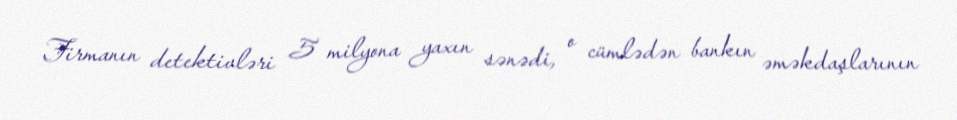
Firmanın detektivləri 5 milyona yaxın sənədi, o cümlədən bankın əməkdaşlarının